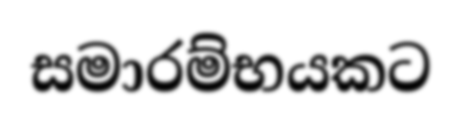
සමාරම්භයකට